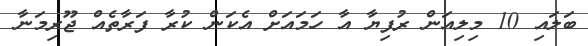
ބަލައި 10 މިލިއަން ރުފިޔާ އާ ހަމައަށް އެކަން ކުރާ ފަރާތެއް ޖޫރިމަނާ